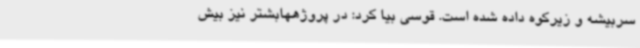
سربیشه و زیرکوه داده شده است. قوسی بیا کرد: در پروژههابشتر نیز بیش